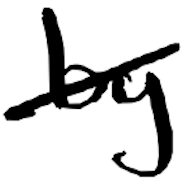
Text: by
Cross-out: diagonal
Writing tool: digital_black